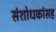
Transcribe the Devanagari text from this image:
संशोधकांसह